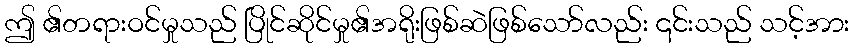
ဤ ၏တရားဝင်မှုသည် ပြိုင်ဆိုင်မှု၏အရိုးဖြစ်ဆဲဖြစ်သော်လည်း ၎င်းသည် သင့်အား